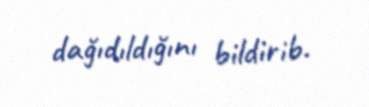
dağıdıldığını bildirib.